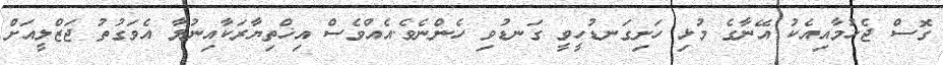
ގޮސް ޖެހުމާއިއެކު އޭނާގެ މުޅި ހަށިގަނޑުހީވީ ގަނޑުވި ހެންނެވެ.އެއްވެސް އިޚްތިޔާރަކާއިނުލާ އެވަގުތު ޖަޒްލީއަށް